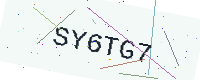
Text: SY6TG7